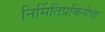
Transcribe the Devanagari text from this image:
निर्मितिप्रकियेचा